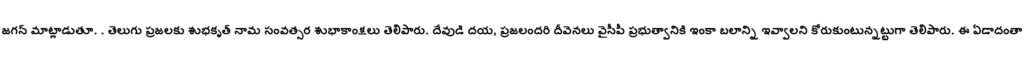
జగన్ మాట్లాడుతూ. . తెలుగు ప్రజలకు శుభకృత్ నామ సంవత్సర శుభాకాంక్షలు తెలిపారు. దేవుడి దయ, ప్రజలందరి దీవెనలు వైసీపీ ప్రభుత్వానికి ఇంకా బలాన్ని ఇవ్వాలని కోరుకుంటున్నట్టుగా తెలిపారు. ఈ ఏడాదంతా